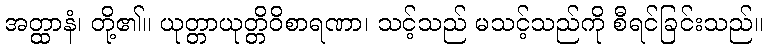
အတ္ထာနံ၊ တို့၏။ ယုတ္တာယုတ္တိဝိစာရဏာ၊ သင့်သည် မသင့်သည်ကို စီရင်ခြင်းသည်။